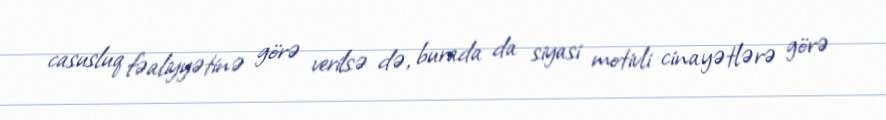
casusluq fəaliyyətinə görə verilsə də, burada da siyasi motivli cinayətlərə görə